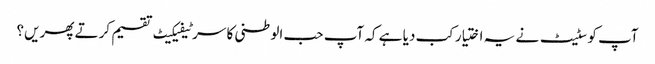
آپ کو سٹیٹ نے یہ اختیار کب دیا ہے کہ آپ حب الوطنی کا سرٹیفیکیٹ تقسیم کرتے پھریں؟